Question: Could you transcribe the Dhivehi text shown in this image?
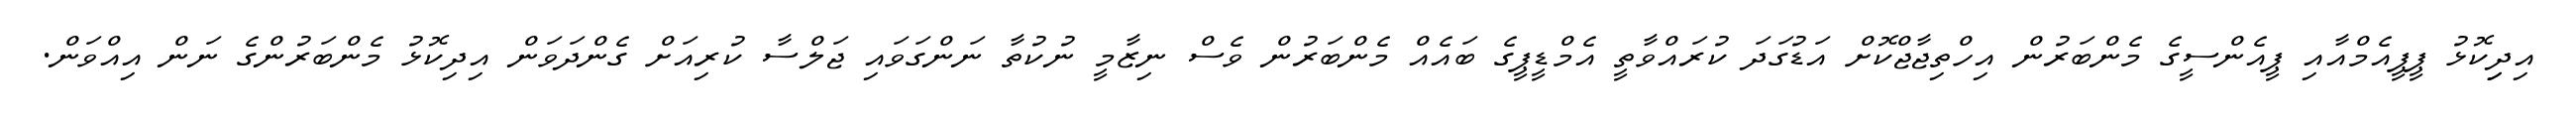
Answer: އިދިިކޮޅު ޕީޕީއެމްއާއި ޕީއެންސީގެ މެންބަރުން އިހްތިޖާޖްކޮށް އަޑުގަދަ ކުރައްވާތީ އެމްޑީޕީގެ ބައެއް މެންބަރުން ވެސް ނިޒާމީ ނުކުތާ ނަންގަވައި ޖަލްސާ ކުރިއަށް ގެންދަވަން އިދިކޮޅު މެންބަރުންގެ ނަން އިއްވަން.